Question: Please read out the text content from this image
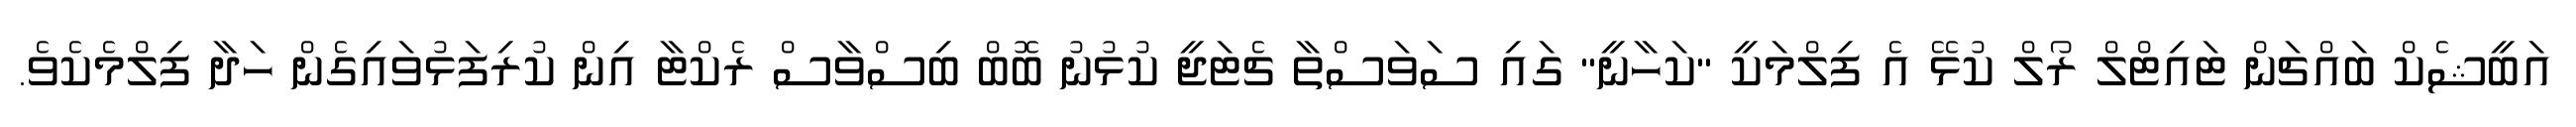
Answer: އަބީޝެކް ބައްޗަން ޓައިޓްލް ރޯލް ކުޅޭ އެ ފިލްމަކީ "ކަހާނީ" ގައި ސަވަސްތާ ޗެޓަޖީ ކުޅުނު ބޮބް ބިސްވާސް ރެކްޓާ އިން ކުރިފަޅުވައިގެން ހަދާ ފިލްމެކެވެ.